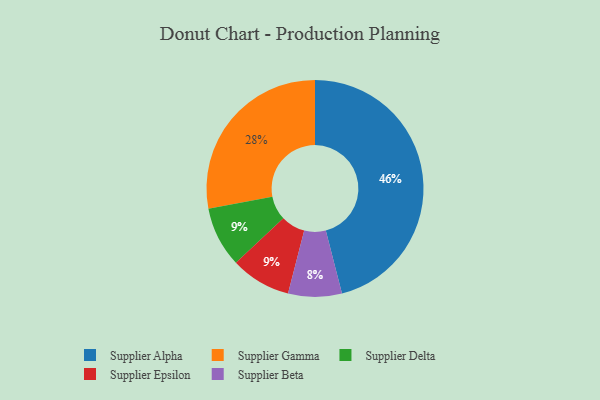
{"axis": {"x": "Category", "y": "Percentage"}, "legend": ["Supplier Alpha", "Supplier Beta", "Supplier Delta", "Supplier Epsilon", "Supplier Gamma"], "data": [{"x": "Supplier Delta", "y": 9, "type": "Supplier Delta"}, {"x": "Supplier Gamma", "y": 28, "type": "Supplier Gamma"}, {"x": "Supplier Epsilon", "y": 9, "type": "Supplier Epsilon"}, {"x": "Supplier Beta", "y": 8, "type": "Supplier Beta"}, {"x": "Supplier Alpha", "y": 46, "type": "Supplier Alpha"}]}